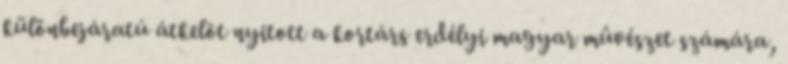
különbejáratú átkelõt nyitott a kortárs erdélyi magyar mûvészet számára,